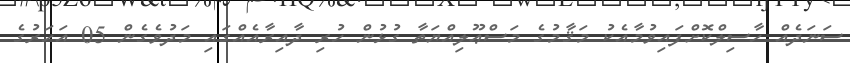
ސަނަދެއް ހާސިލްކޮށްފައިވުމާއެކު މަޤާމުގެ މަސްޢޫލިއްޔަތާ ގުޅުން ހުރި ދާއިރާއެއްގައި މަދުވެގެން 05 އަހަރުގެ